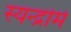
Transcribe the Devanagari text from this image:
स्यन्द्रोमे